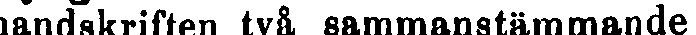
handskriften två sammanstämmande